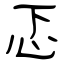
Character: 忑